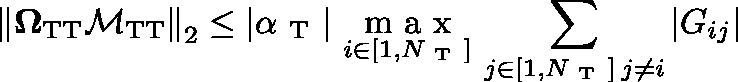
\left\Vert \mathbf { \Omega } _ { \mathrm { T T } } \mathbf { \mathcal { M } } _ { \mathrm { T T } } \right\Vert _ { 2 } \leq | \alpha _ { \mathrm { ~ T ~ } } | \ \underset { i \in [ 1 , N _ { \mathrm { ~ T ~ } } ] } { \mathrm { ~ m ~ a ~ x ~ } } \, \sum _ { \substack { j \in [ 1 , N _ { \mathrm { ~ T ~ } } ] \, j \neq i } } | G _ { i j } |